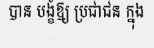
បាន បង្ខំឱ្យ ប្រជាជន ក្នុង